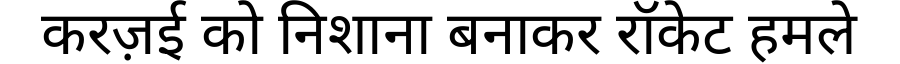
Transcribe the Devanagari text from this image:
करज़ई को निशाना बनाकर रॉकेट हमले